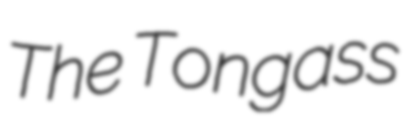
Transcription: The Tongass